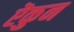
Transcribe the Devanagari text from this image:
ऎकुन